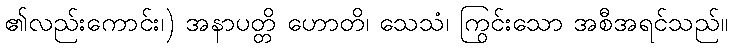
၏လည်းကောင်း၊) အနာပတ္တိ ဟောတိ၊ သေသံ၊ ကြွင်းသော အစီအရင်သည်။